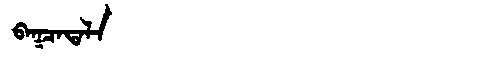
Manchu: ᠪᠠᡴᠴᠠᡨᠠᠯᠠ
Romanization: BAKCATALA